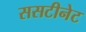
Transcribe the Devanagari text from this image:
ससटीनेट